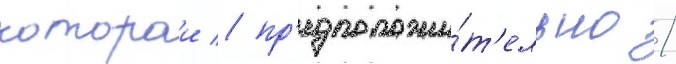
которои / пр'едположи́т'ельно /